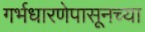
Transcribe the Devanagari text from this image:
गर्भधारणेपासूनच्या